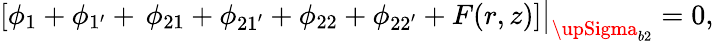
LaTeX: \left[\phi_{1}+\phi_{1^{\prime}}+\, \phi_{21}+\phi_{21^{\prime}}+\phi_{22}+\phi_{22^{\prime}}+F(r,z)\right]\big|_{{\upSigma}_{b2}}=0,